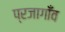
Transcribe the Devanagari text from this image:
प्रजागाँव